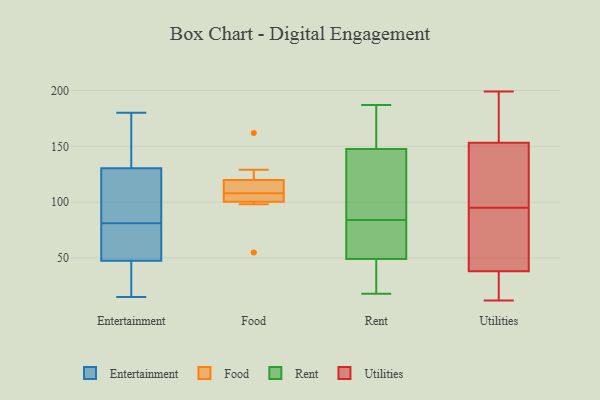
{"axis": {"x": "Headcount", "y": "Value"}, "legend": ["Entertainment", "Food", "Rent", "Utilities"], "data": [{"x": "", "y": 180, "type": "Entertainment"}, {"x": "", "y": 122, "type": "Entertainment"}, {"x": "", "y": 61, "type": "Entertainment"}, {"x": "", "y": 80, "type": "Entertainment"}, {"x": "", "y": 138, "type": "Entertainment"}, {"x": "", "y": 15, "type": "Entertainment"}, {"x": "", "y": 83, "type": "Entertainment"}, {"x": "", "y": 25, "type": "Entertainment"}, {"x": "", "y": 133, "type": "Entertainment"}, {"x": "", "y": 43, "type": "Entertainment"}, {"x": "", "y": 81, "type": "Entertainment"}, {"x": "", "y": 102, "type": "Food"}, {"x": "", "y": 111, "type": "Food"}, {"x": "", "y": 129, "type": "Food"}, {"x": "", "y": 98, "type": "Food"}, {"x": "", "y": 116, "type": "Food"}, {"x": "", "y": 55, "type": "Food"}, {"x": "", "y": 108, "type": "Food"}, {"x": "", "y": 100, "type": "Food"}, {"x": "", "y": 121, "type": "Food"}, {"x": "", "y": 162, "type": "Food"}, {"x": "", "y": 101, "type": "Food"}, {"x": "", "y": 153, "type": "Rent"}, {"x": "", "y": 38, "type": "Rent"}, {"x": "", "y": 29, "type": "Rent"}, {"x": "", "y": 85, "type": "Rent"}, {"x": "", "y": 60, "type": "Rent"}, {"x": "", "y": 74, "type": "Rent"}, {"x": "", "y": 171, "type": "Rent"}, {"x": "", "y": 97, "type": "Rent"}, {"x": "", "y": 187, "type": "Rent"}, {"x": "", "y": 142, "type": "Rent"}, {"x": "", "y": 83, "type": "Rent"}, {"x": "", "y": 18, "type": "Rent"}, {"x": "", "y": 151, "type": "Utilities"}, {"x": "", "y": 88, "type": "Utilities"}, {"x": "", "y": 173, "type": "Utilities"}, {"x": "", "y": 50, "type": "Utilities"}, {"x": "", "y": 21, "type": "Utilities"}, {"x": "", "y": 66, "type": "Utilities"}, {"x": "", "y": 44, "type": "Utilities"}, {"x": "", "y": 95, "type": "Utilities"}, {"x": "", "y": 12, "type": "Utilities"}, {"x": "", "y": 36, "type": "Utilities"}, {"x": "", "y": 154, "type": "Utilities"}, {"x": "", "y": 24, "type": "Utilities"}, {"x": "", "y": 137, "type": "Utilities"}, {"x": "", "y": 110, "type": "Utilities"}, {"x": "", "y": 199, "type": "Utilities"}, {"x": "", "y": 142, "type": "Utilities"}, {"x": "", "y": 32, "type": "Utilities"}, {"x": "", "y": 190, "type": "Utilities"}, {"x": "", "y": 188, "type": "Utilities"}]}